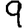
Digit: 9